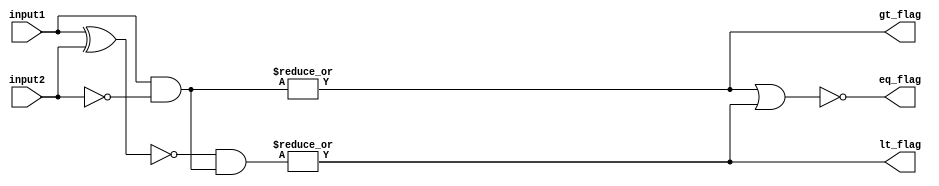
module comparator(
    input [7:0] input1,
    input [7:0] input2,
    output gt_flag,
    output lt_flag,
    output eq_flag
);

wire [7:0] xor_result;
wire [7:0] and_result;

assign xor_result = input1 ^ input2;
assign and_result = input1 & ~input2;

assign gt_flag = |(and_result);
assign lt_flag = |(~(xor_result) & and_result);
assign eq_flag = ~(gt_flag | lt_flag);

endmodule